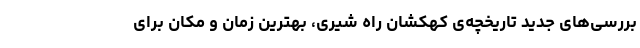
بررسی‌های جدید تاریخچه‌ی کهکشان راه‌ شیری، بهترین زمان و مکان برای